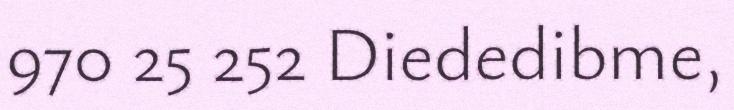
970 25 252 Diededibme,